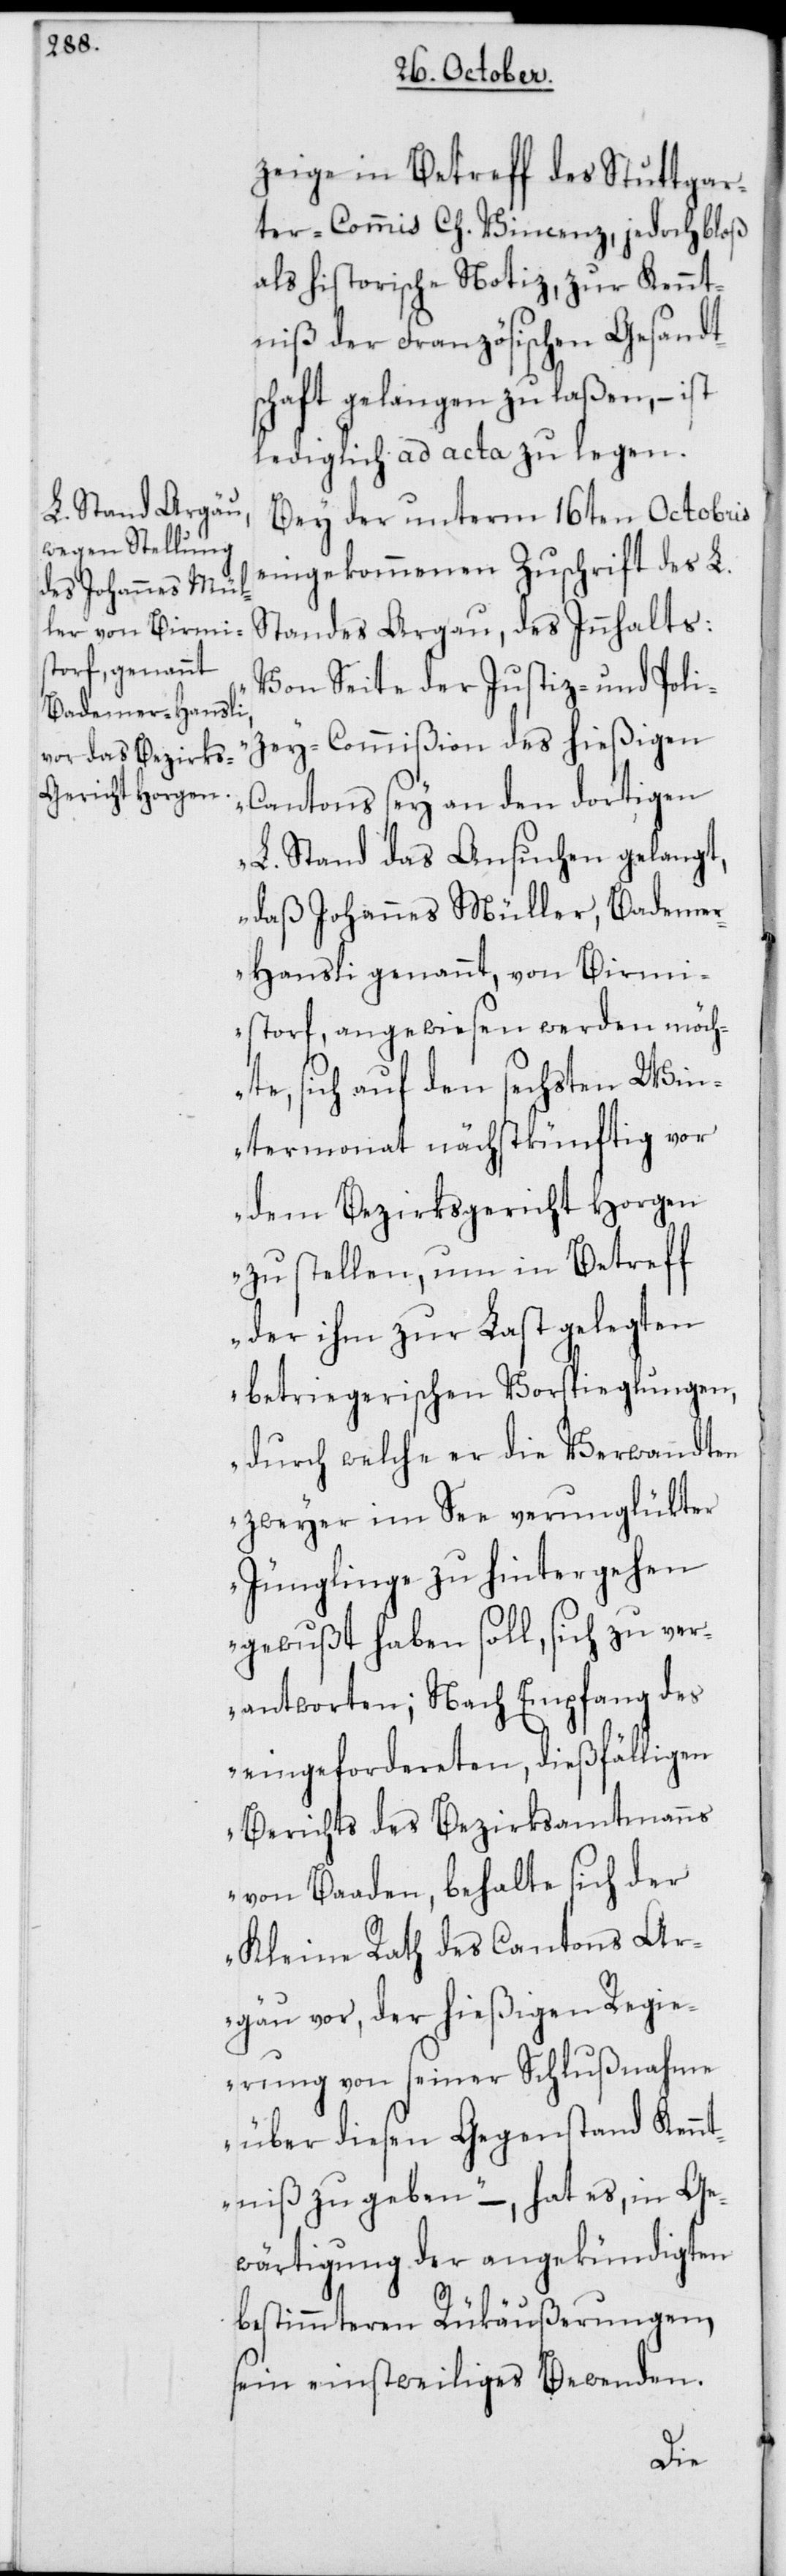
zeige in Betreff des Stuttgar¬
ter-Commis Ch. Vincenz, jedoch bloß
als historische Notiz, zur Kennt¬
niß der Französischen Gesandt¬
schaft gelangen zu laßen, – ist
lediglich ad acta zu legen.
Bey der unterm 16ten Octobris
eingekommenen Zuschrift des L.
Standes Argau, des Innhalts:
„Von Seite der Justiz- und Poli¬
zey-Commißion des hießigen
Cantons sey an den dortigen
L. Stand das Ansuchen gelangt,
daß Johannes Müller, Bademe¬
r-Hansli genannt, von Birmi¬
storf, angewiesen werden möch¬
te, sich auf den sechsten Win¬
termonat nächstkünftig vor
dem Bezirksgericht Horgen
zu stellen, um in Betreff
der ihm zur Last gelegten
betriegerischen Vorspieglungen,
durch welche er die Verwandten
zweyer im See verunglükter
Jünglinge zu hintergehen
gewußt haben soll, sich zu ver¬
antworten; Nach Empfang des
eingefordereten, dießfälligen
Berichts des Bezirksamtmanns
von Baaden, behalte sich der
Kleine Rath des Cantons Ar¬
gau vor, der hießigen Regie¬
rung von seiner Schlußnahme
über diesen Gegenstand Kennt¬
niß zu geben“, – hat es, in Ge¬
wärtigung der angekündigten
bestimmteren Rükäußerungen,
sein einstweiliges Bewenden.